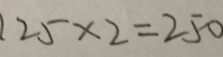
1 2 5 \times 2 = 2 5 0